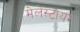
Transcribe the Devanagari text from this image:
मेलेस्टायर